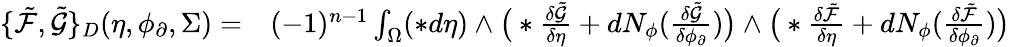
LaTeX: \begin{array}{rl}{\{ \tilde{\mathcal{F}},\tilde{\mathcal{G}}\} _{D}(\eta,\phi_{\partial},\Sigma)=}&{{}(-1)^{n-1}\int_{\Omega}(\ast d\eta)\wedge\big(\ast\frac{\delta\tilde{\mathcal{G}}}{\delta\eta}+dN_{\phi}(\frac{\delta\tilde{\mathcal{G}}}{\delta\phi_{\partial}})\big)\wedge\big(\ast\frac{\delta\tilde{\mathcal{F}}}{\delta\eta}+dN_{\phi}(\frac{\delta\tilde{\mathcal{F}}}{\delta\phi_{\partial}})\big)}\end{array}